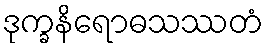
ဒုက္ခနိရောဓသဿတံ